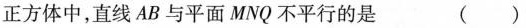
正方体中，直线 AB 与平面 MNQ 不平行的是 ()